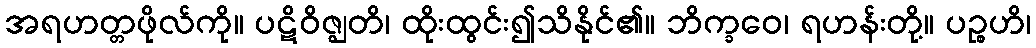
အရဟတ္တဖိုလ်ကို။ ပဋိဝိဇ္ဈတိ၊ ထိုးထွင်း၍သိနိုင်၏။ ဘိက္ခဝေ၊ ရဟန်းတို့။ ပဉ္စဟိ၊